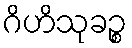
ဂိဟိသုခဉ္စ